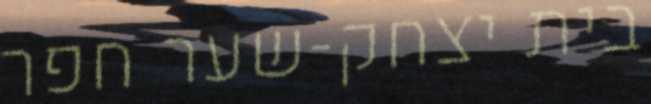
בית יצחק-שער חפר